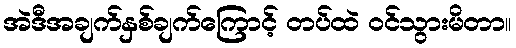
အဲဒီအချက်နှစ်ချက်ကြောင့် တပ်ထဲ ဝင်သွားမိတာ။